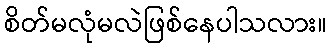
စိတ်မလုံမလဲဖြစ်နေပါသလား။